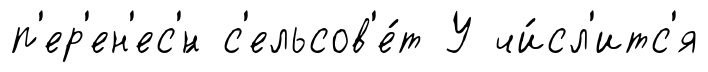
п'ер'ен'ес'́н с'ельсов'е́т У чи́сл'итс'я